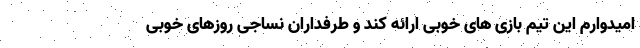
امیدوارم این تیم بازی های خوبی ارائه کند و طرفداران نساجی روزهای خوبی